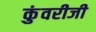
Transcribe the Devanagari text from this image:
कुंवरीजी